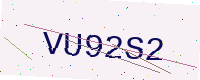
Text: VU92S2